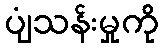
ပျံသန်းမှုကို